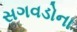
સગવડોના